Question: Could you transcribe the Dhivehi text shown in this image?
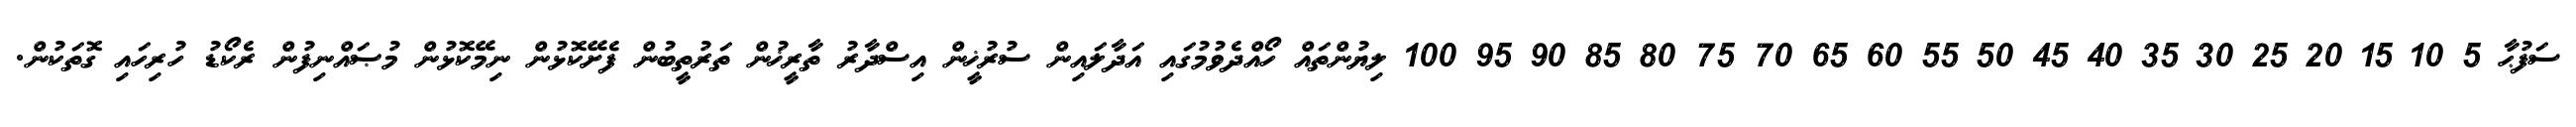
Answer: ސަފުޙާ 5 10 15 20 25 30 35 40 45 50 55 60 65 70 75 80 85 90 95 100 ލިޔުންތައް ހޯއްދެވުމުގައި އަދާލައިން ސުރުޚީން އިސްދާރު ތާރީޚުން ތަރުތީބުން ފެށޭކޮޅުން ނިމޭކޮޅުން މުޞައްނިފުން ރެކޯޑު ހުރިހައި ގޮތަކުން.